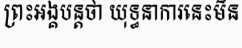
ព្រះអង្គបន្តថា យុទ្ធនាការនេះមិន